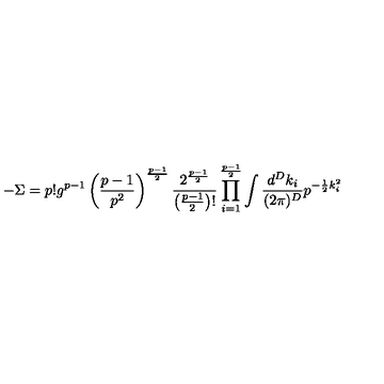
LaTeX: - \Sigma = p ! g ^ { p - 1 } \left( \frac { p - 1 } { p ^ { 2 } } \right) ^ { \frac { p - 1 } { 2 } } \frac { 2 ^ { \frac { p - 1 } { 2 } } } { \left( \frac { p - 1 } { 2 } \right) ! } \prod _ { i = 1 } ^ { \frac { p - 1 } { 2 } } \int \frac { d ^ { D } k _ { i } } { ( 2 \pi ) ^ { D } } p ^ { - \frac { 1 } { 2 } k _ { i } ^ { 2 } }